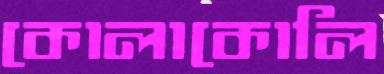
কোলাকোলি